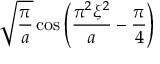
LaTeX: { \sqrt { \frac { \pi } { a } } } \cos \left( { \frac { \pi ^ { 2 } \xi ^ { 2 } } { a } } - { \frac { \pi } { 4 } } \right)